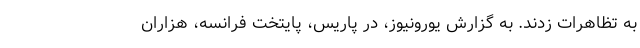
به تظاهرات زدند. به گزارش یورونیوز، در پاریس، پایتخت فرانسه، هزاران